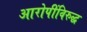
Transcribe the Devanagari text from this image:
आरोपींविरुद्ध